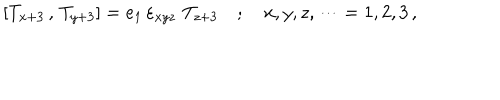
LaTeX: \left[ T _ { x + 3 } \, , \, T _ { y + 3 } \right] = e _ { 1 } \, \varepsilon _ { x y z } \, \, T _ { z + 3 } \quad ; \quad x , y , z , \dots = 1 , 2 , 3 \, ,